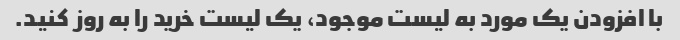
با افزودن یک مورد به لیست موجود، یک لیست خرید را به روز کنید.